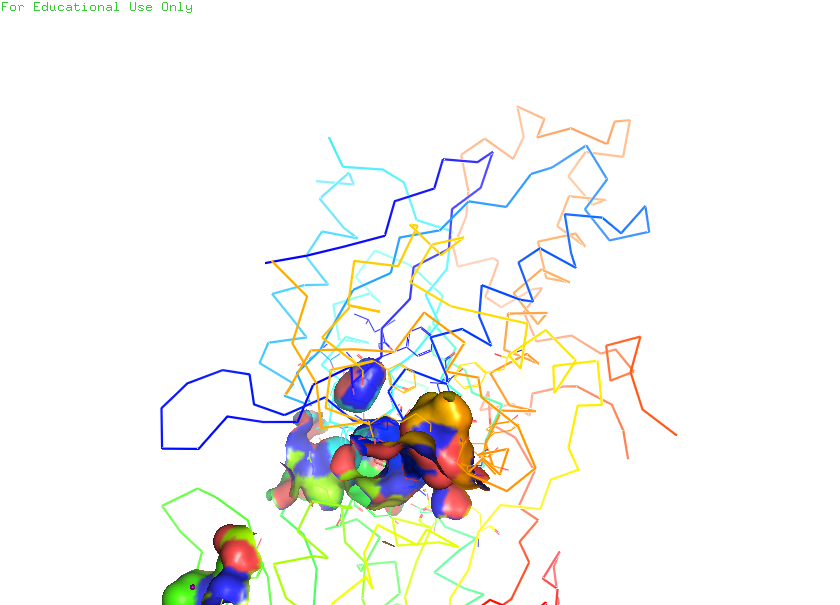
pymol, preset, ligand_sites_hq